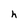
Character: h